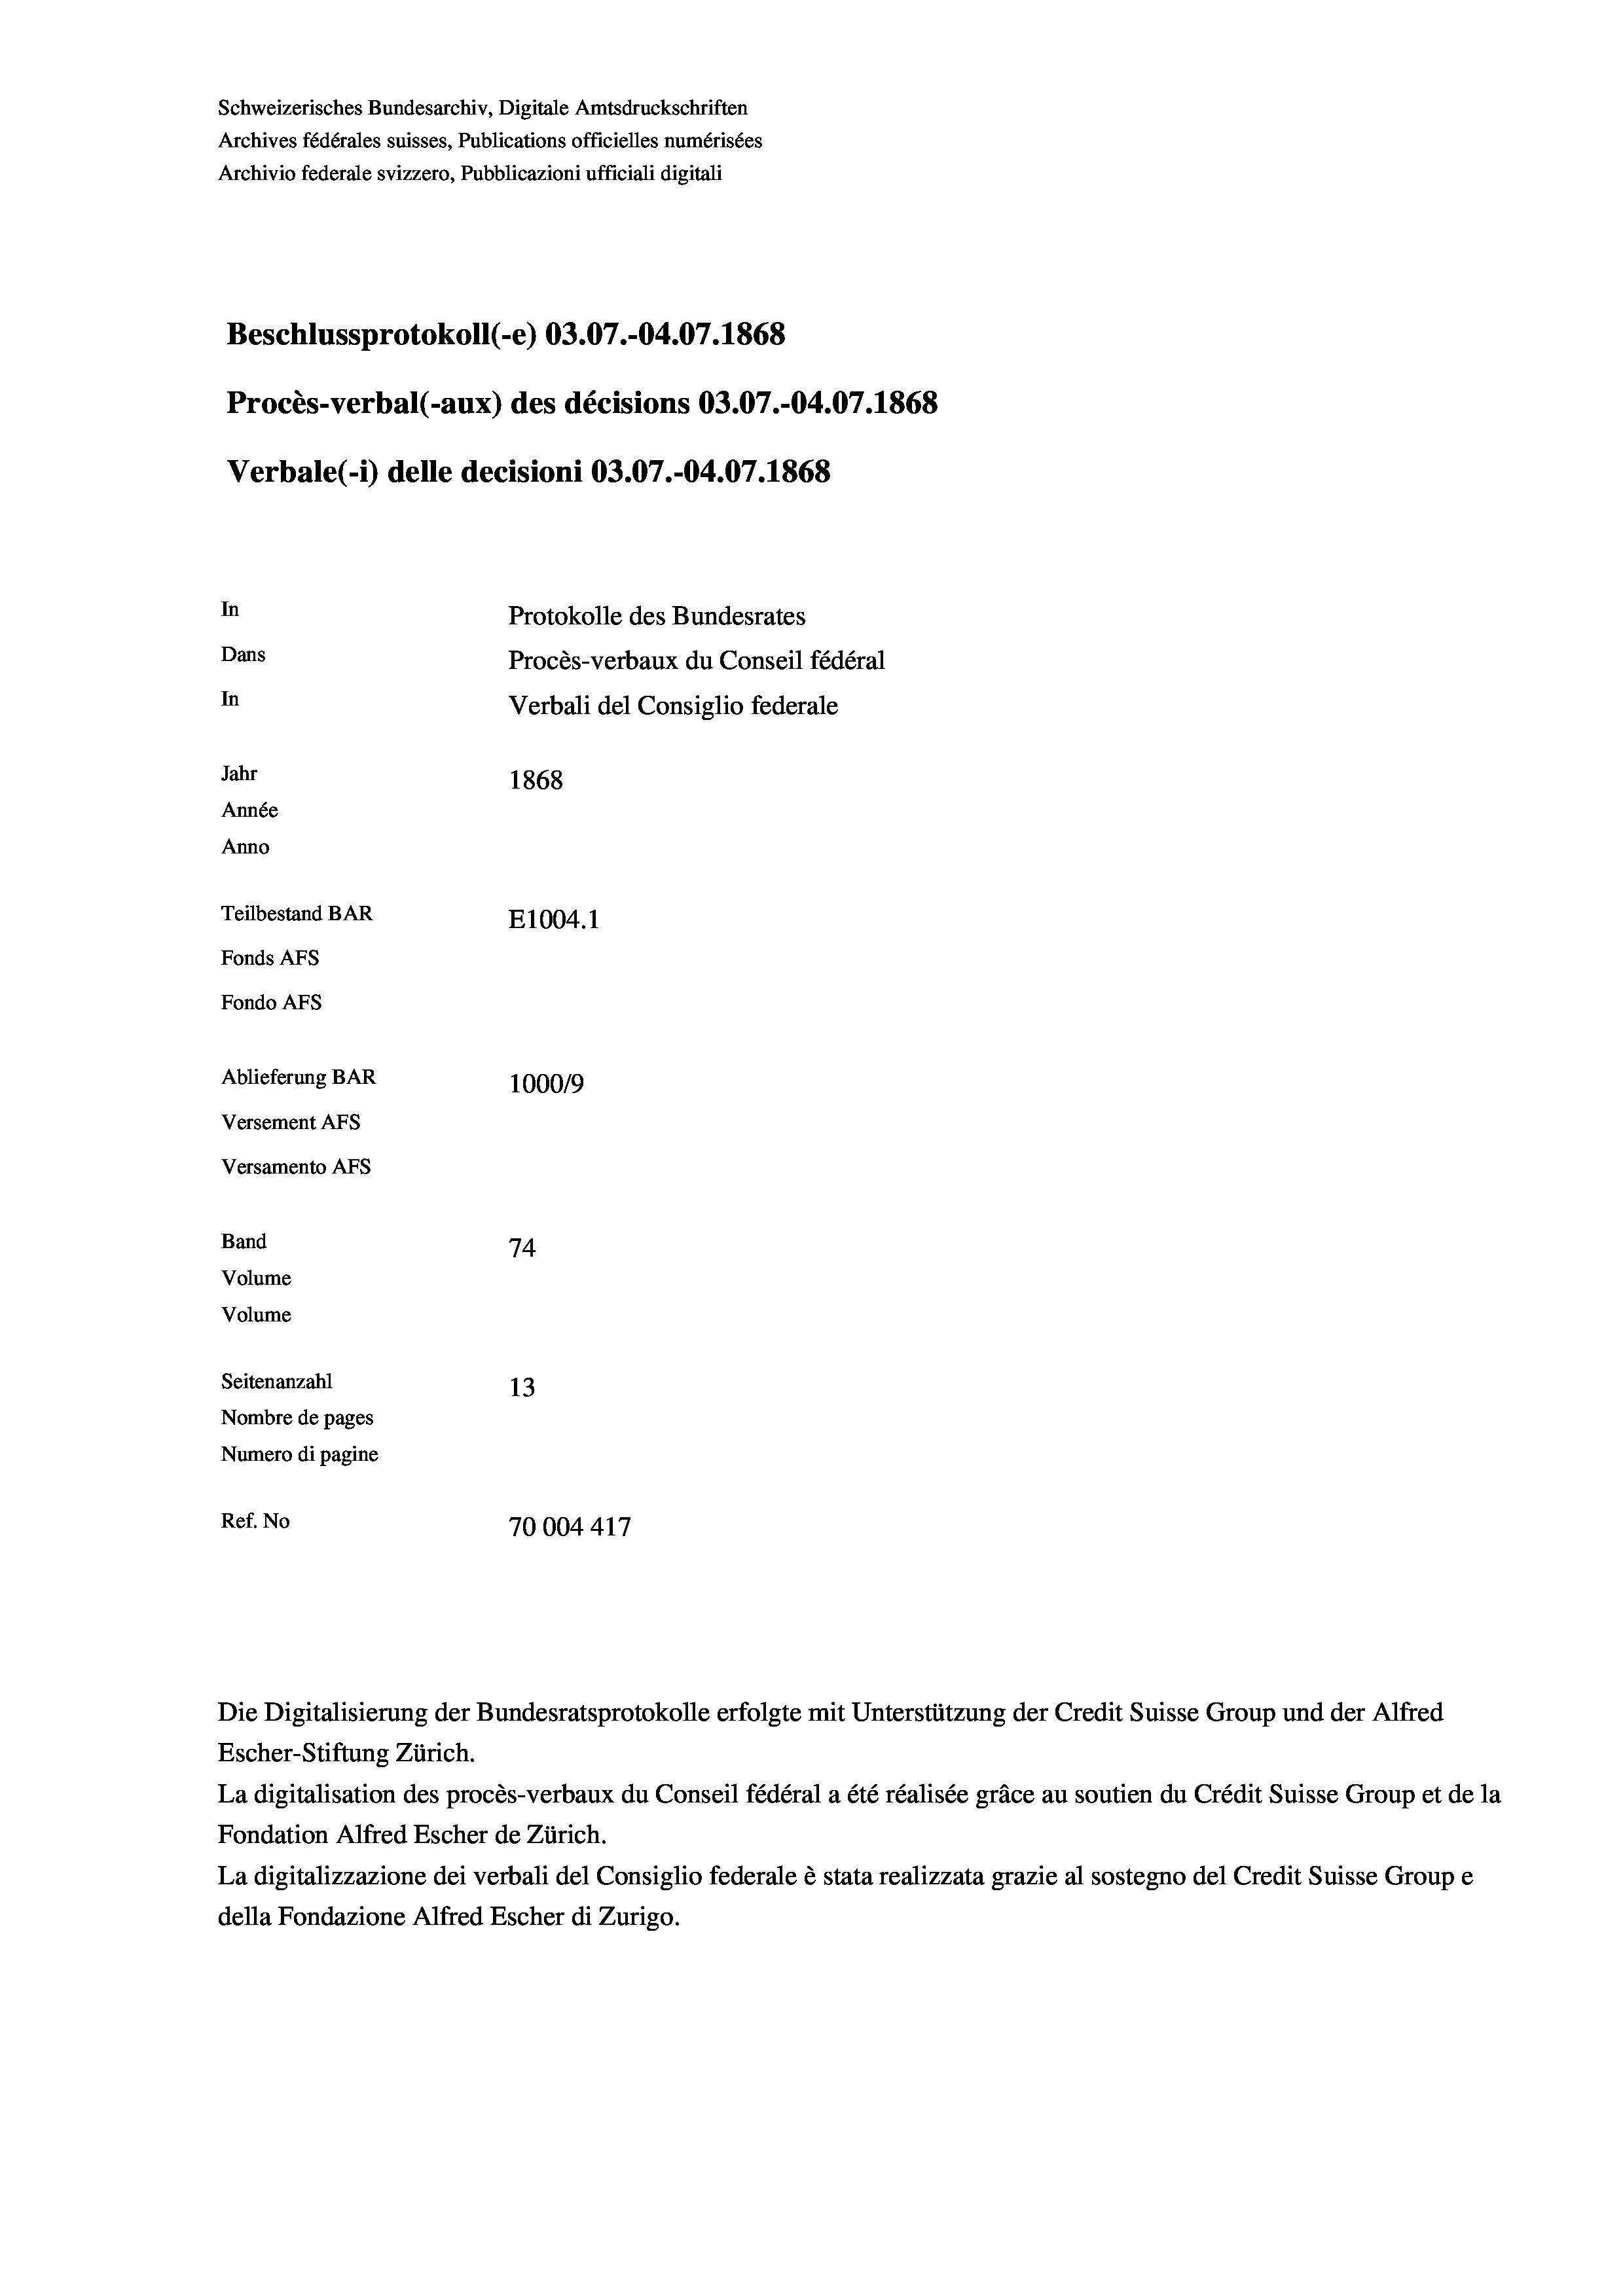
Schweizerisches Bundesarchiv, Digitale Amtsdruckschriften
Archives fédérales suisses, Publications officielles numérisées
Archivio federale svizzero, Pubblicazioni ufficiali digitali
Beschlussprotokoll (-e) 03.07.-04.07. 1868
Procès-verbal (-aux) des décisions 03.07.-04.07. 1868
Verbale (i) delle decisioni 03.07.-04.07. 1868
In
Protokolle des Bundesrates
Dans
Procès-verbaux du Conseil fédéral
In
Verbali del Consiglio federale
Jahr
1868
Année
Anno
Teilbestand BAR
E1004. 1
Fonds Afs
Fondo AFs
Ablieferung BAR
100019
Versement AFS
Versamento Afs
Band
74
Volume
Volume

Seitenanzahl
13
Nombre de pages
Numero di pagine
Ref. No
70004417

Escher-Stiftung Zürich.
La digitalisation des procès-verbaux du Conseil fédéral a été réalisée gräce au soutien du Crédit Suisse Group et de la
Fondation Alfred Escher de Zürich.
La digitalizzazione dei verbali del Consiglio federale è stata realizzata grazie al sostegno del Credit Suisse Groupe
della Fondazione Alfred Escher di Zurigo.

Die Digitalisierung der Bundesratsprotokolle erfolgte mit Unterstützung der Credit Suisse Group und der Alfred